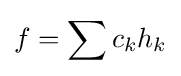
f=\sum c_{k}h_{k}